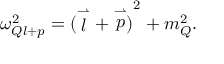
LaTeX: \omega _ { Q l + p } ^ { 2 } = { ( \stackrel { \rightharpoonup } { l } + \stackrel { \rightharpoonup } { p } ) } ^ { 2 } + m _ { Q } ^ { 2 } .